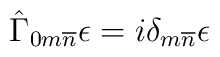
\hat{\Gamma}_{0m\overline{n}} \epsilon = i \delta_{m\overline{n}}\epsilon